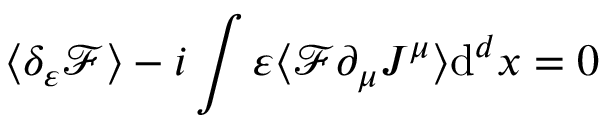
\langle \delta _ { \varepsilon } { \mathcal { F } } \rangle - i \int \varepsilon \langle { \mathcal { F } } \partial _ { \mu } J ^ { \mu } \rangle \mathrm { d } ^ { d } x = 0